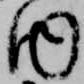
内